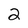
Character: 2